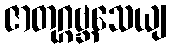
ဇာတုဂ္ဂဗ္ဘသေယျ